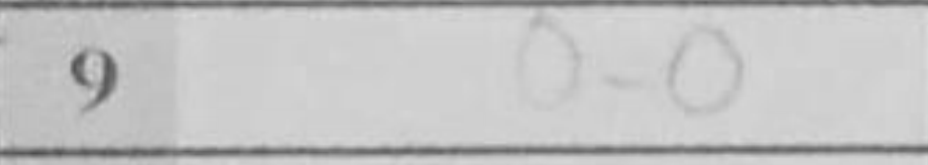
Transcription: O-O